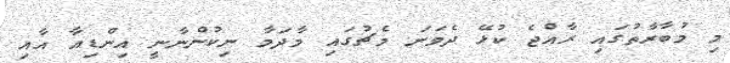
މި މުބާރާތުގައި ރާއްޖެ ކުޅޭ ދެވަނަ މެޗުގައި މާދަމާ ނިކުންނާނީ އިންޑިއާ އާއި